Treatise on elephants
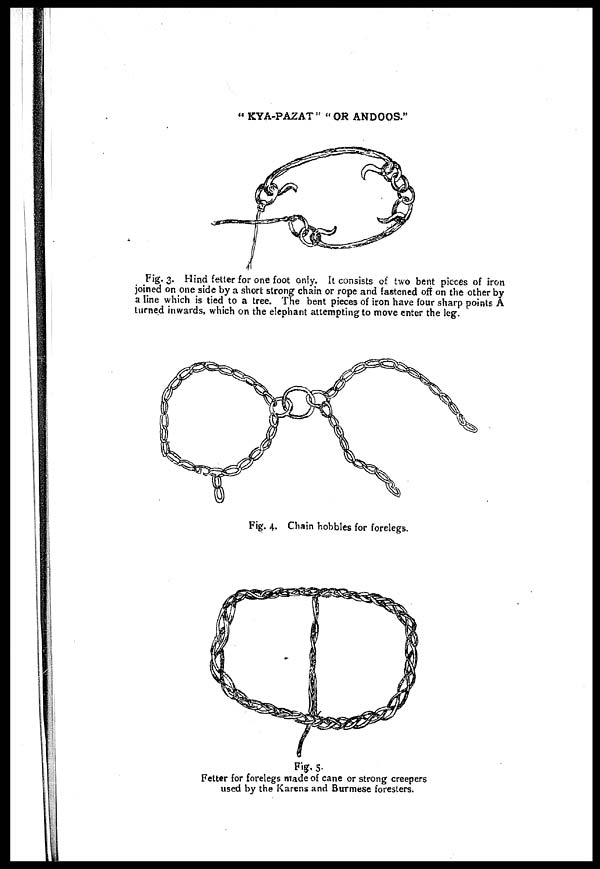
" KYA-PAZAT" "OR ANDOOS."
Fig. 3. Hind fetter for one foot only. It consists of two bent pieces of iron
joined on one side by a short strong chain or rope and fastened off on the other by
a line which is tied to a tree. The bent pieces of iron have four sharp points A
turned inwards, which on the elephant attempting to move enter the leg.
Fig. 4. Chain hobbles for forelegs.
Fig. 5.
Fetter for forelegs made of cane or strong creepers
used by the Karens and Burmese foresters.